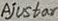
Text: Ajustor